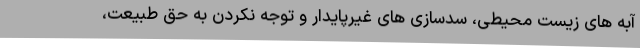
آبه های زیست محیطی، سدسازی های غیرپایدار و توجه نکردن به حق طبیعت،